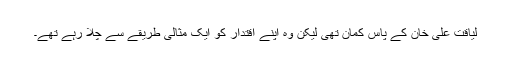
لیاقت علی خان کے پاس کمان تھی لیکن وہ اپنے اقتدار کو ایک مثالی طریقے سے چلا رہے تھے۔